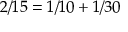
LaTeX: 2 / 1 5 = 1 / 1 0 + 1 / 3 0